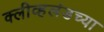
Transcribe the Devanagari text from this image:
क्लीव्हलंडच्या